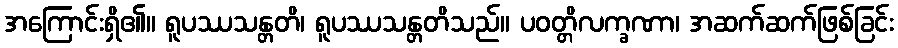
အကြောင်းရှိ၏။ ရူပဿသန္တတိ၊ ရူပဿသန္တတိသည်။ ပဝတ္တိလက္ခဏာ၊ အဆက်ဆက်ဖြစ်ခြင်း